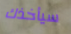
سيأخذك